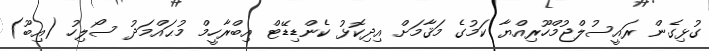
ގުޅިގެން ރައީސުލްޖުމްހޫރިއްޔާ ކަމުގެ މަޤާމަށް އިދިކޮޅު ކެންޑިޑޭޓް އިބްރާހީމް މުޙައްމަދު ސޯލިހު (އިބޫ)